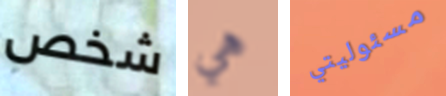
شخص هي مسئوليتي